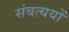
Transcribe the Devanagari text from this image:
संबत्ययों